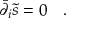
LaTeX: \bar { \partial } _ { i } \tilde { s } = 0 \quad .